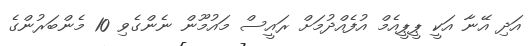
އަދި އޭނާ އަކީ ޕީޕީއެމް އުފެއްދުމަށް ރައީސް މައުމޫން ނެންގެވި 10 މެންބަރުންގެ